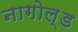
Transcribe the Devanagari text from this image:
नागोल्ड